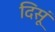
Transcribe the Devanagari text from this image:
दिसूं